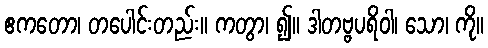
ဧကတော၊ တပေါင်းတည်း။ ကတွာ၊ ၍။ ဒါတဗ္ဗပရိဝါ၊ သော၊ ကို။